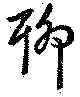
聊